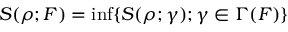
S ( \rho ; F ) = \operatorname* { i n f } \{ S ( \rho ; \gamma ) ; \gamma \in \Gamma ( F ) \}